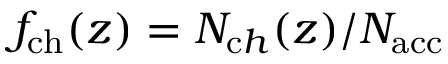
f _ { \mathrm { c h } } ( z ) = N _ { \mathrm c h } ( z ) / N _ { \mathrm { a c c } }